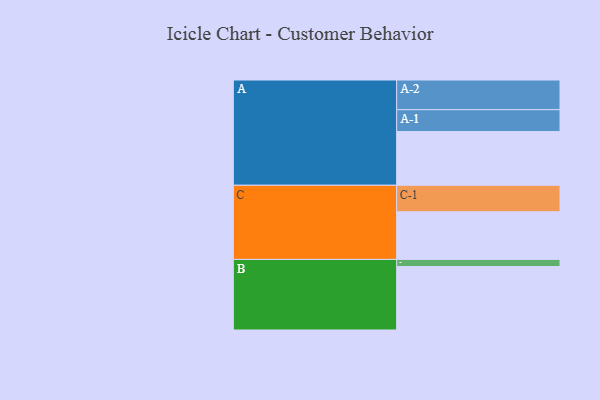
{"axis": {"x": "Segment", "y": "Value"}, "legend": ["", "A", "B", "C"], "data": [{"x": "A", "y": 438, "type": ""}, {"x": "B", "y": 518, "type": ""}, {"x": "C", "y": 389, "type": ""}, {"x": "A-1", "y": 179, "type": "A"}, {"x": "A-2", "y": 242, "type": "A"}, {"x": "B-1", "y": 58, "type": "B"}, {"x": "C-1", "y": 216, "type": "C"}]}